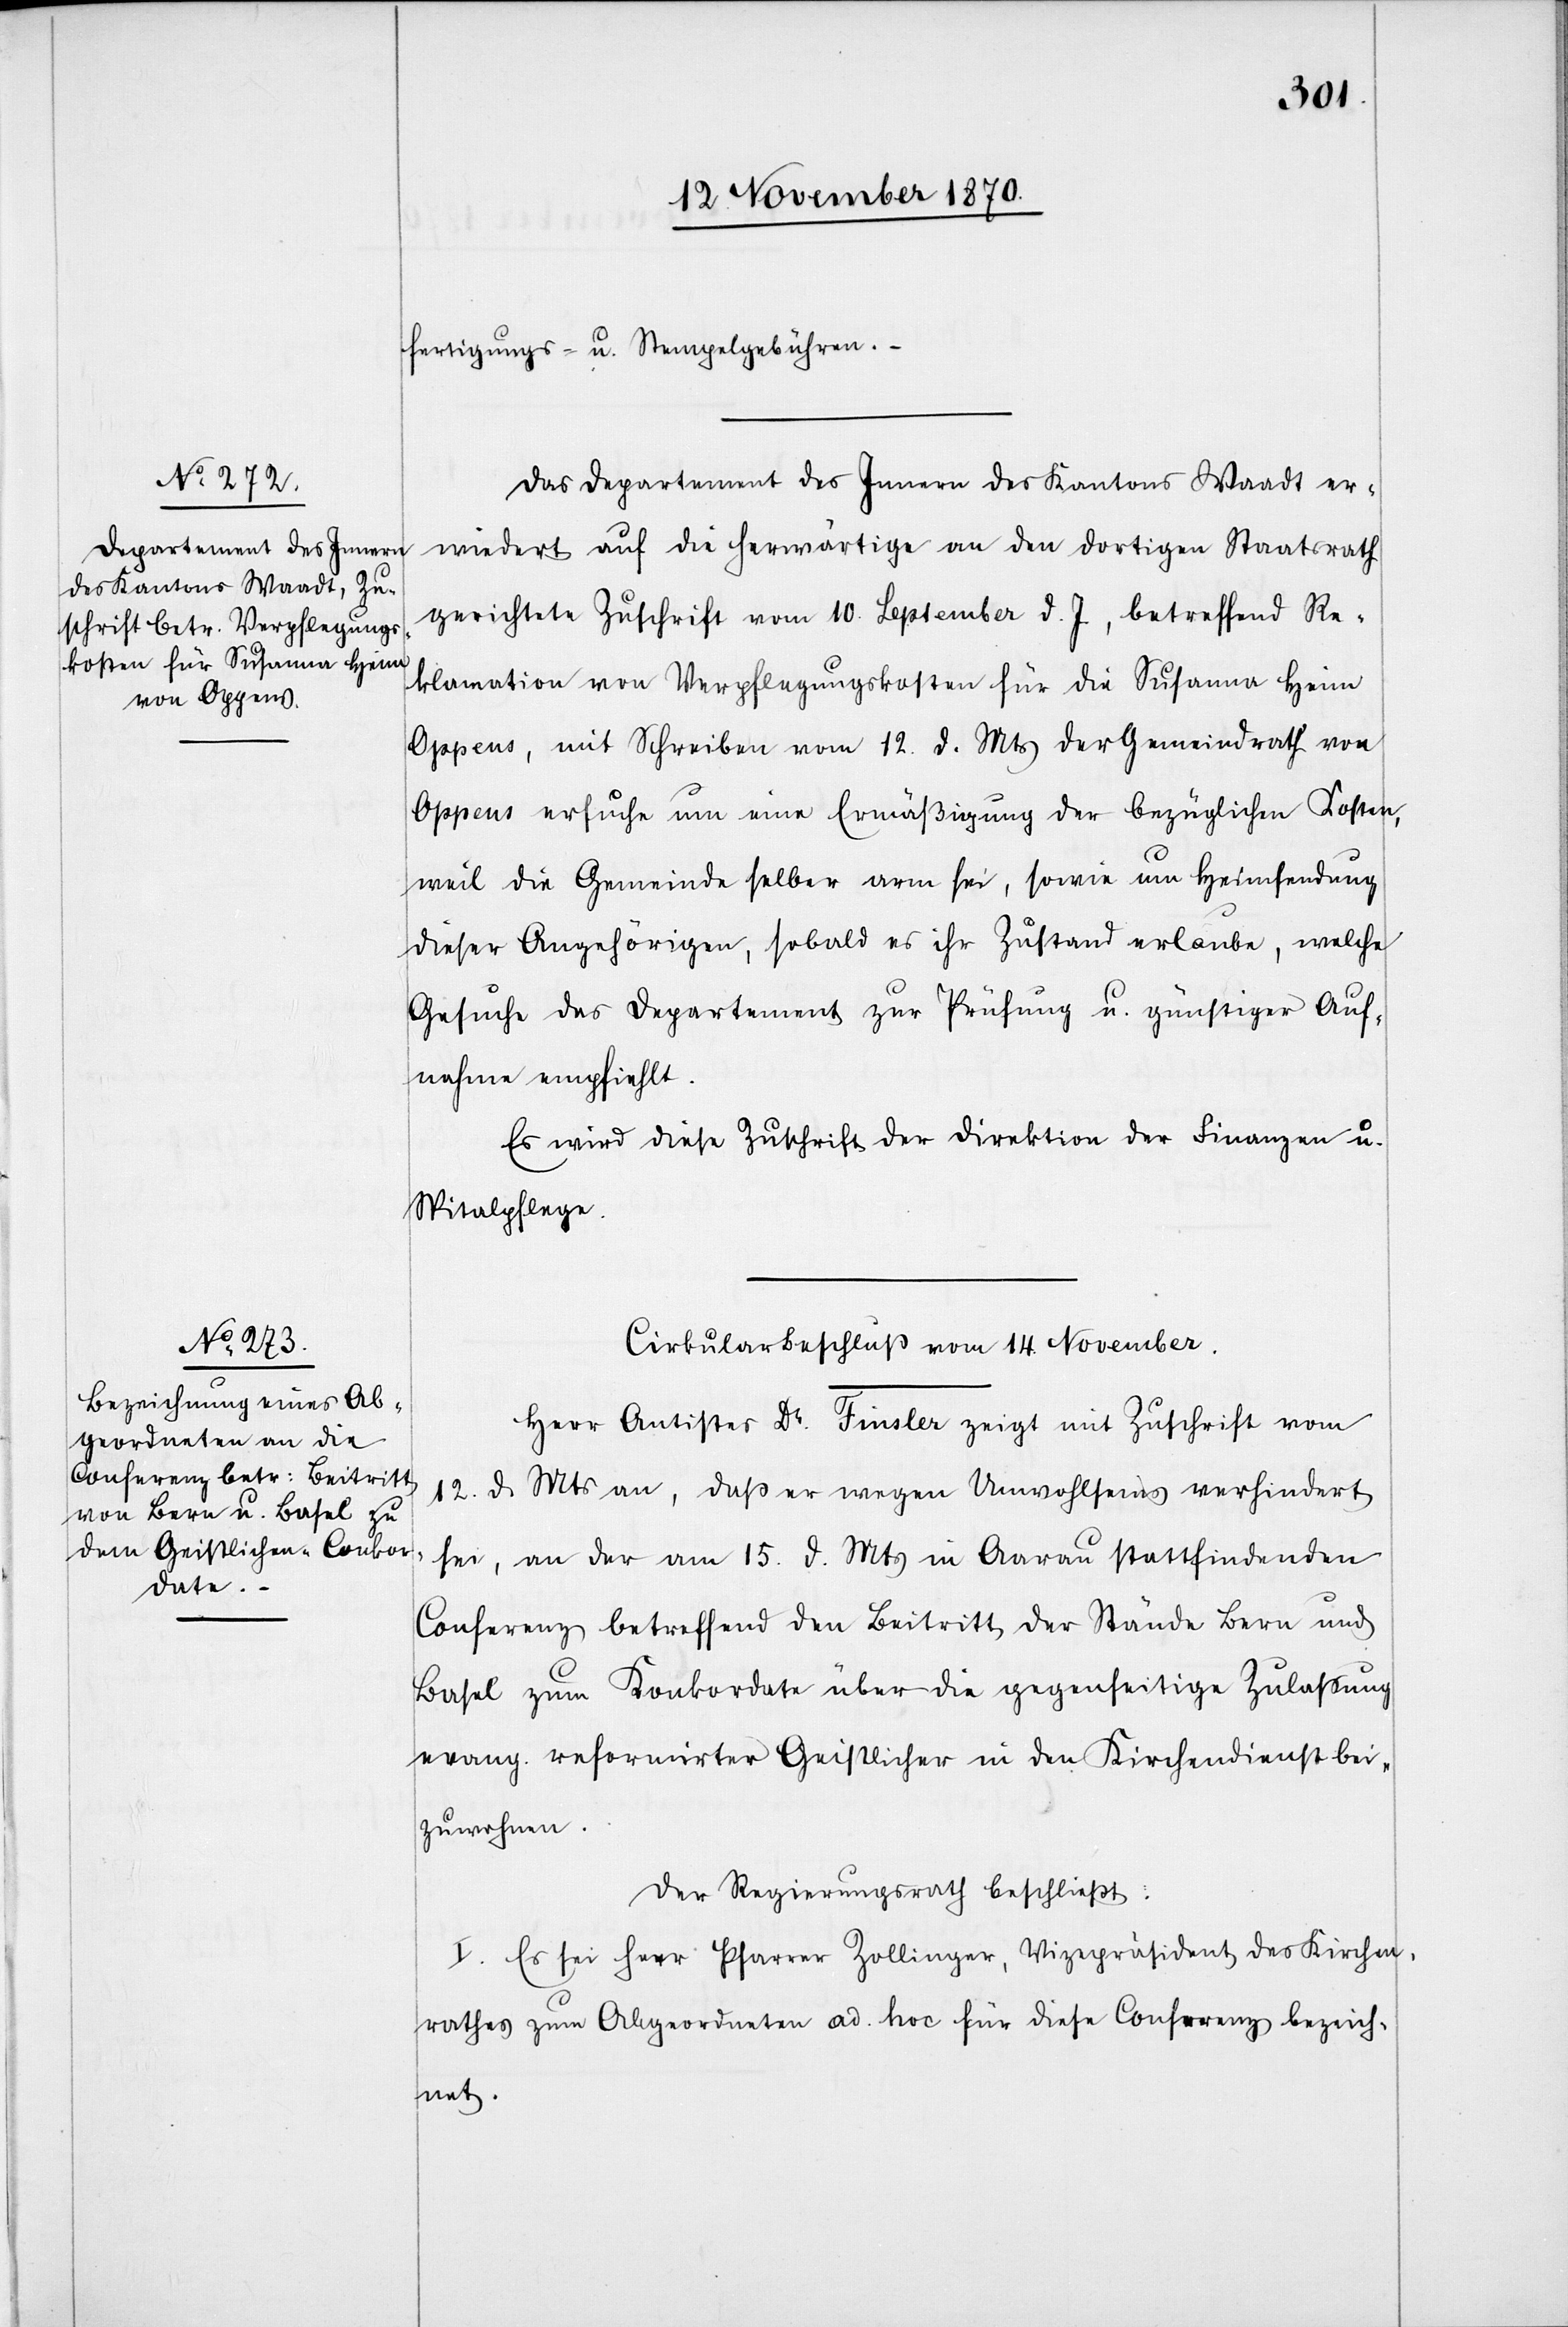
14. November 1870.]
fertigungs- u. Stempelgebühren.
Das Departement des Innern des Kantons Waadt er¬
wiedert auf die herwärtige an den dortigen Staatsrath
gerichtete Zuschrift vom 10. September d. J, betreffend Re¬
klamation von Verpflegungskosten für die Susanna Heim
Oppens, mit Schreiben vom 12. d. Mts. der Gemeindrath von
Oppens ersuche um eine Ermäßigung der bezüglichen Kosten,
weil die Gemeinde selber arm sei, sowie um Heimsendung
dieser Angehörigen, sobald es ihr Zustand erlaube, welche
Gesuche das Departement zur Prüfung u. günstiger Auf¬
nahme empfiehlt.
Es wird diese Zuschrift der Direktion der Finanzen u.
Spitalpflege
Cirkularbeschluß vom 14. November.
Herr Antistes Dr. Finsler zeigt mit Zuschrift vom
12. d. Mts an, daß er wegen Unwohlseins verhindert
sei, an der am 15. d. Mts in Aarau stattfindenden
Conferenz betreffend den Beitritt der Stände Bern und
Basel zum Konkordate über die gegenseitige Zulassung
evang. reformirter Geistlicher in den Kirchendienst bei¬
zunehmen.
Der Regierungsrath beschließt:
I. Es sei Herr Pfarrer Zollinger, Vizepräsident des Kirchen¬
rathes zum Abgeordneten ad hoc für diese Conferenz bezeich¬
net.